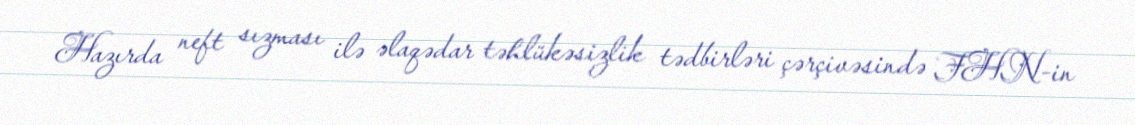
Hazırda neft sızması ilə əlaqədar təhlükəsizlik tədbirləri çərçivəsində FHN-in